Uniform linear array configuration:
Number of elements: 12
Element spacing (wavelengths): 0.25
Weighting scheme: hamming
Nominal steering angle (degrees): -30
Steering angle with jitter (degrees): -29.992
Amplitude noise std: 0.05
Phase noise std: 0.05

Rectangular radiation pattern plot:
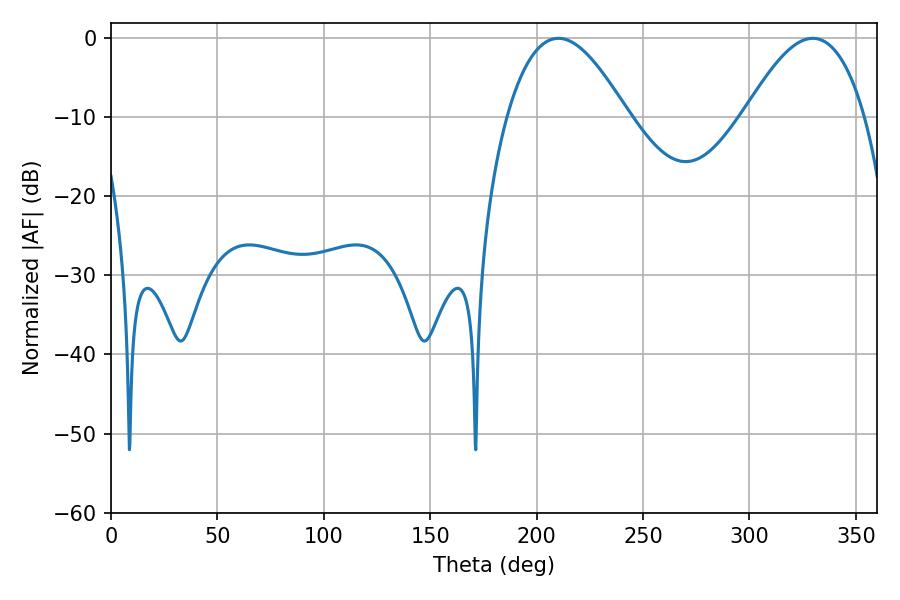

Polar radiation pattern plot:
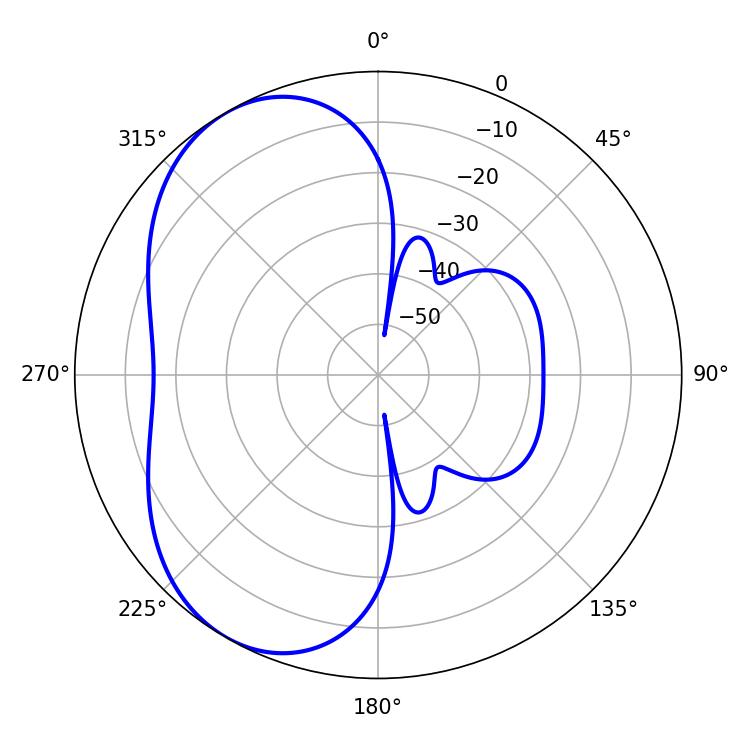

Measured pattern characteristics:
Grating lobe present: FALSE
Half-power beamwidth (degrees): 30.78
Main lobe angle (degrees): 210.24